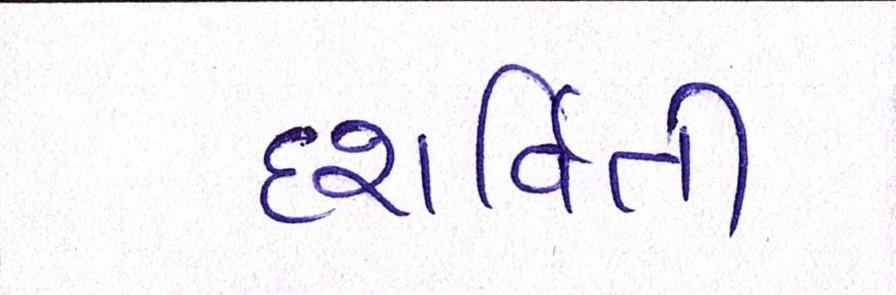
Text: દશર્વિતી